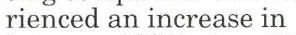
rienced an increase in